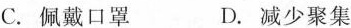
C.佩戴口罩 D.减少聚集